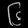
Digit: ၆